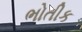
ભોતીક